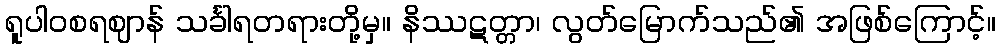
ရူပါဝစရဈာန် သင်္ခါရတရားတို့မှ။ နိဿဋတ္တာ၊ လွတ်မြောက်သည်၏ အဖြစ်ကြောင့်။